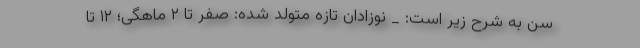
سن به شرح زیر است: _ نوزادان تازه متولد شده: صفر تا ۲ ماهگی؛ ۱۲ تا